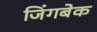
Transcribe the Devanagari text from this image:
जिंगबेक